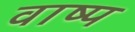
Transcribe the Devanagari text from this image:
वाष्‍प